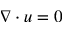
\nabla \cdot u = 0